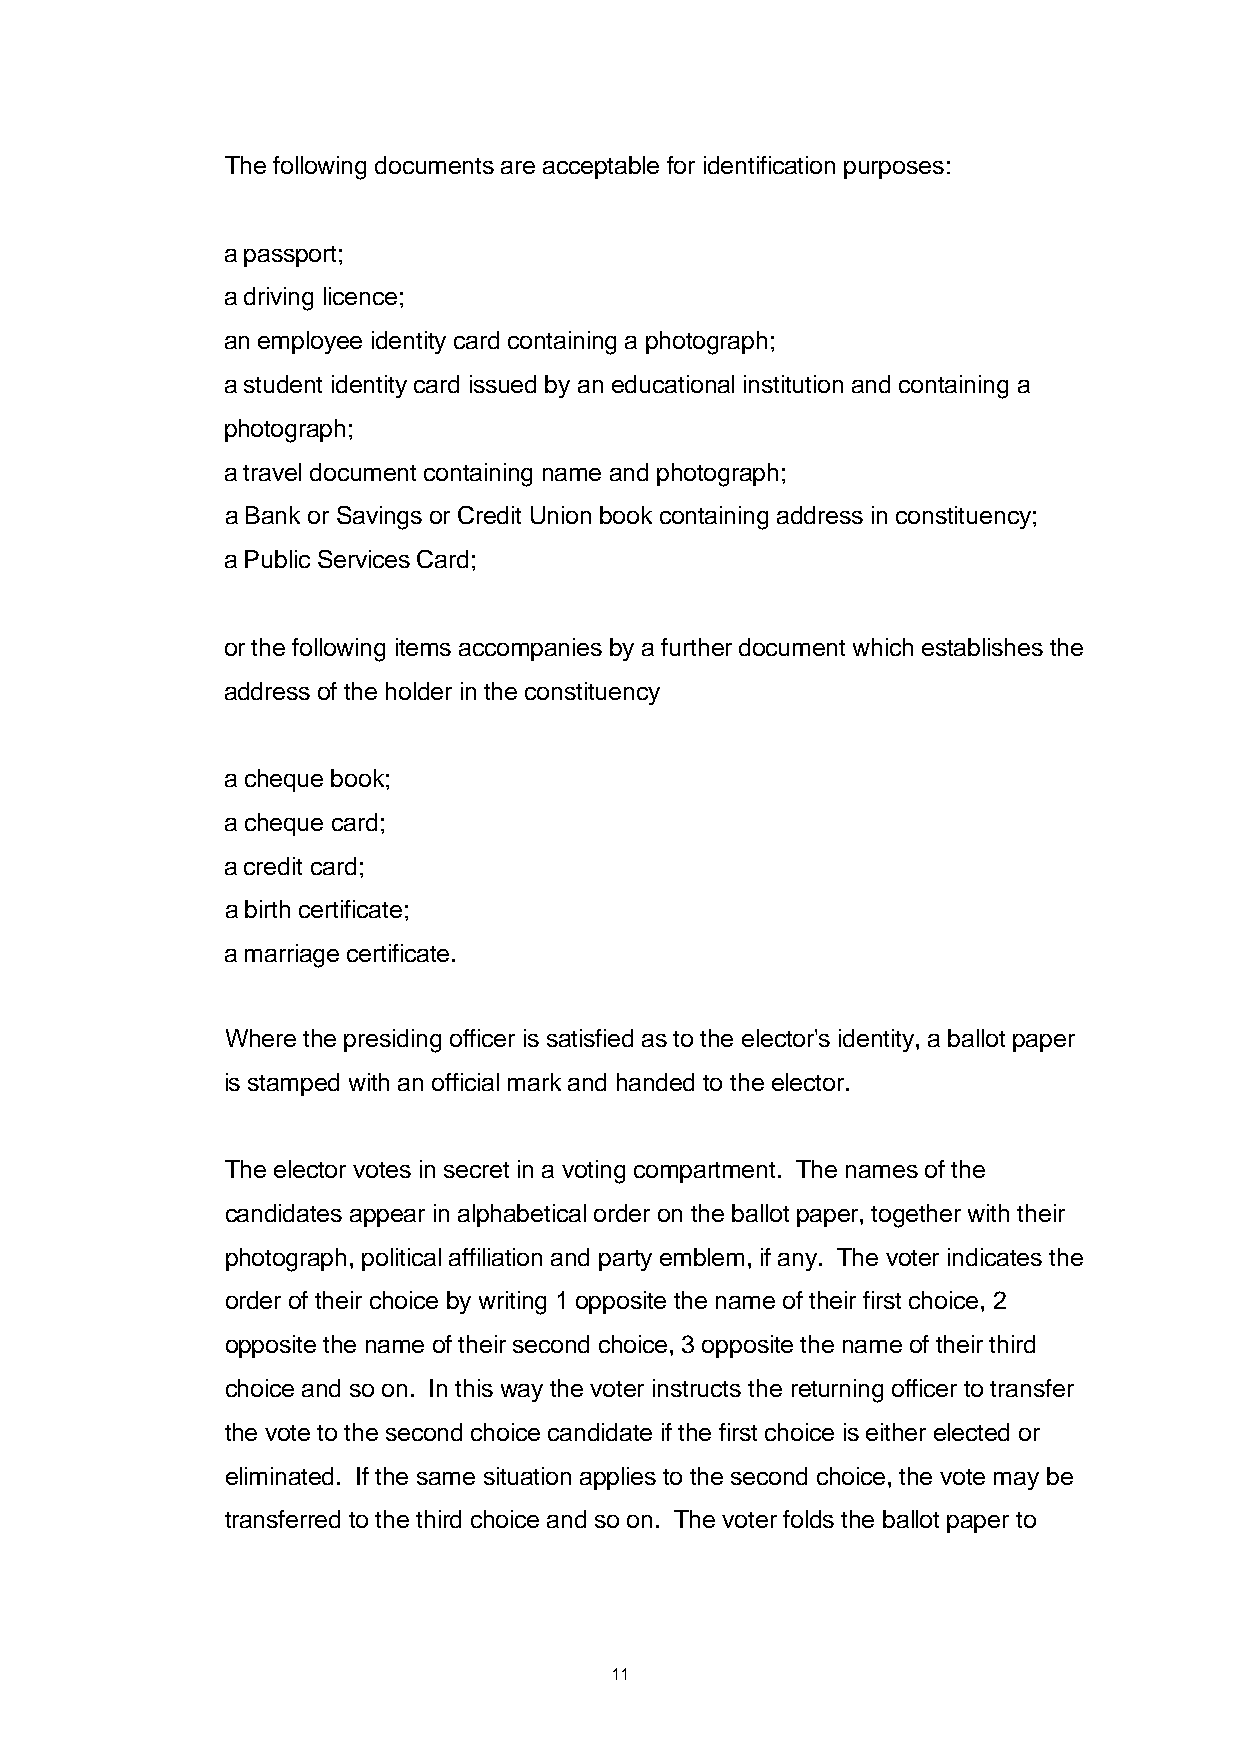
The following documents are acceptable for identification purposes:
 a passport;
 a driving licence;
 an employee identity card containing a photograph;
 a student identity card issued by an educational institution and containing a
 photograph;
 a travel document containing name and photograph;
 a Bank or Savings or Credit Union book containing address in constituency;
 a Public Services Card;
 or the following items accompanies by a further document which establishes the
 address of the holder in the constituency
 a cheque book;
 a cheque card;
 a credit card;
 a birth certificate;
 a marriage certificate.
 Where the presiding officer is satisfied as to the elector's identity, a ballot paper
 is stamped with an official mark and handed to the elector.
 The elector votes in secret in a voting compartment. The names of the
 candidates appear in alphabetical order on the ballot paper, together with their
 photograph, political affiliation and party emblem, if any. The voter indicates the
 order of their choice by writing 1 opposite the name of their first choice, 2
 opposite the name of their second choice, 3 opposite the name of their third
 choice and so on. In this way the voter instructs the returning officer to transfer
 the vote to the second choice candidate if the first choice is either elected or
 eliminated. If the same situation applies to the second choice, the vote may be
 transferred to the third choice and so on. The voter folds the ballot paper to
 11